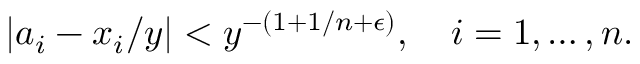
| a _ { i } - x _ { i } / y | < y ^ { - ( 1 + 1 / n + \epsilon ) } , \quad i = 1 , \ldots , n .